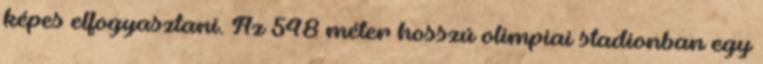
képes elfogyasztani. Az 548 méter hosszú olimpiai stadionban egy